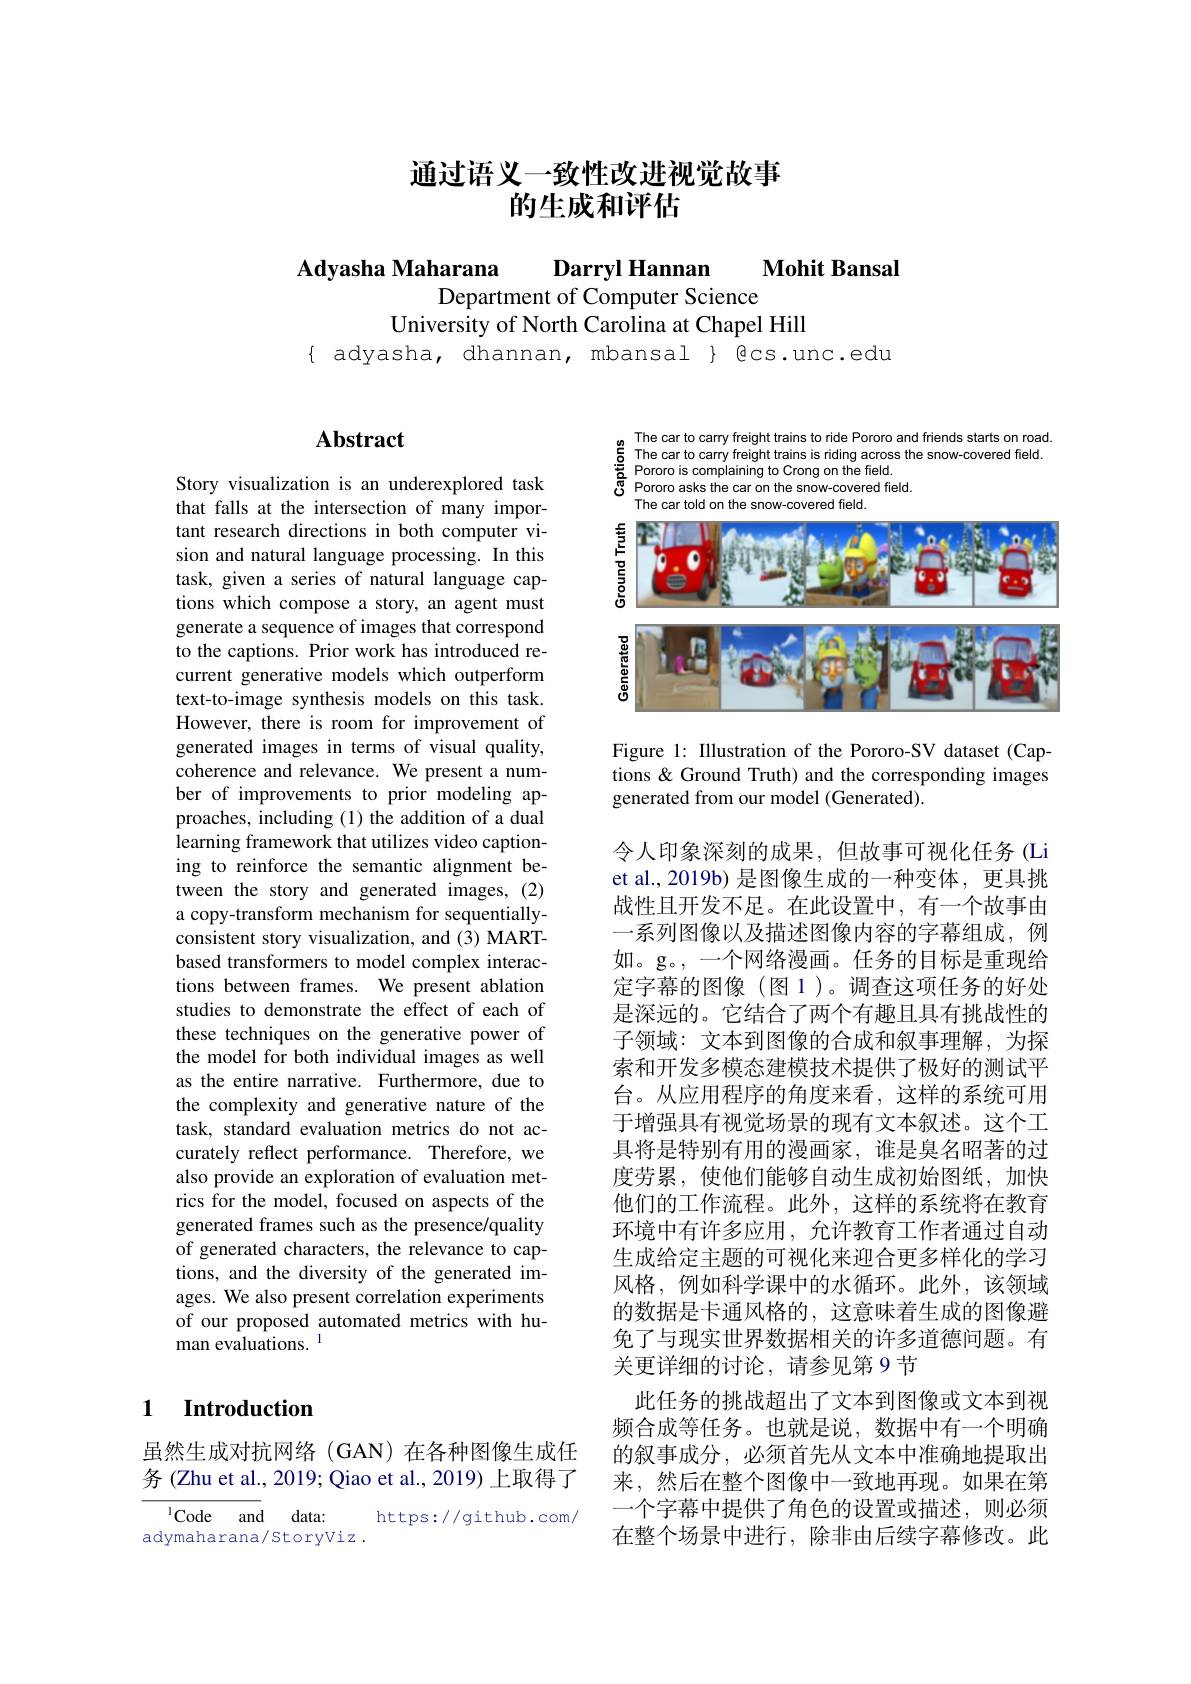
# 通过语义一致性改进视觉故事的生成和评估

$\mathbf{Mohit}$ Bansal

Adyasha Maharana
Darryl Hannan
Department of Computer Science
University of North Carolina at Chapel Hill
$\{$ adyasha, dhannan, mbansal $\}$ êcs.unc.edu

## $\mathbf{Abstract}$

Story visualization is an underexploredtask that falls at the intersection of many important research directions in both computer vision and natural language processing. In this task, given a series of natural language captions which compose a story, an agent must generate a sequence of images that correspond to the captions. Prior work has introduced recurrent generative models which outperform text-to-image synthesis models on this task. However, there is room for improvement of generated images in terms of visual quality, coherence and relevance. We present a number of improvements to prior modeling approaches, including (1) the addition of a dual learning framework that utilizes video captioning to reinforce the semantic alignment between the story and generated images, (2) a copy-transform mechanism for sequentiallyconsistent story visualization, and (3) MARTbased transformers to model complex interactions between frames. We present ablation studies to demonstrate the effect of each of these techniques on the generative power of the model for both individual images as well as the entire narrative. Furthermore, due to the complexity and generative nature of the task, standard evaluation metrics do not accurately reflect performance. Therefore, we also provide an exploration of evaluation metrics for the model, focused on aspects of the generated frames such as the presence/quality of generated characters, the relevance to captions, and the diversity of the generated images. We also present correlation experiments of our proposed automated metrics with human evaluations.$^{\mathrm{l}}$

## 1 Introduction

虽然生成对抗网络(GAN)在各种图像生成任务 (Zhu et al., 2019; Qiao et al., 2019) 上取得了

$^{1}$Code and data:
https://github.com/
adymaharana/Storyviz .

$\begin{array}{lll}{\mathrm{The~car~to~carry~freight~trains~to~ride~Pororo~and~friends~starts~on~road}}\\{\textcircled{5}}&{\mathrm{The~car~to~carry~freight~trains~is~riding~across~the~snow-covered~field.}}\\{\textcircled{5}}&{\mathrm{Pororo~is~complaining~to~Crong~on~the~field.}}\\{\textcircled{6}}&{\mathrm{Pororo~asks~the~car~}}\end{array}$
The car told on the snow-covered field

<FigureHere>

Figure 1: Illustration of the Pororo-SV dataset (Captions & Ground Truth) and the corresponding images generated from our model (Generated).

令人印象深刻的成果，但故事可视化任务(Li et al., 2019b) 是图像生成的一种变体，更具挑战性且开发不足。在此设置中，有一个故事由一系列图像以及描述图像内容的字幕组成，例如。g。,一个网络漫画。任务的目标是重现给定字幕的图像(图 1)。调查这项任务的好处是深远的。它结合了两个有趣且具有挑战性的子领域：文本到图像的合成和叙事理解，为探索和开发多模态建模技术提供了极好的测试平台。从应用程序的角度来看，这样的系统可用于增强具有视觉场景的现有文本叙述。这个工具将是特别有用的漫画家，谁是臭名昭著的过度劳累，使他们能够自动生成初始图纸，加快他们的工作流程。此外，这样的系统将在教育环境中有许多应用，允许教育工作者通过自动生成给定主题的可视化来迎合更多样化的学习风格，例如科学课中的水循环。此外，该领域的数据是卡通风格的，这意味着生成的图像避免了与现实世界数据相关的许多道德问题。有关更详细的讨论，请参见第 9 节
此任务的挑战超出了文本到图像或文本到视频合成等任务。也就是说，数据中有一个明确的叙事成分，必须首先从文本中准确地提取出来，然后在整个图像中一致地再现。如果在第一个字幕中提供了角色的设置或描述，则必须在整个场景中进行，除非由后续字幕修改。此